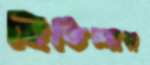
হিতিন্দার